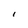
Character: I